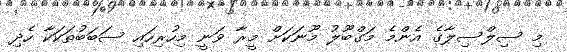
މި ސިލްސިލާގެ އެންމެ މަގްބޫލު މޫނަކަށް މީރާ ވަނީ މިހުރިހައި ސަބަބުތަކަކާ ހެދި